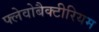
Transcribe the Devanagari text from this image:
फ्लेवोबैक्टीरियम